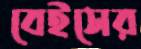
বেইসের